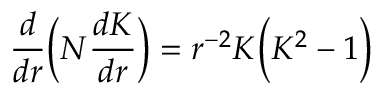
\frac { d } { d r } \Bigl ( N \frac { d K } { d r } \Bigr ) = r ^ { - 2 } K \Bigl ( K ^ { 2 } - 1 \Bigr )